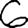
Digit: 6